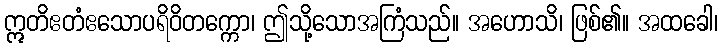
ဣတိဧတံဧသောပရိဝိတက္ကော၊ ဤသို့သောအကြံသည်။ အဟောသိ၊ ဖြစ်၏။ အထခေါ၊